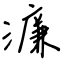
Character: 濂